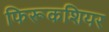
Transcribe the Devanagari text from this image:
फिरूकशियर